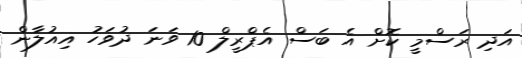
އަދި ރަސްމީ ކޮށް އެ ބަސް އެޕްރީލް 10 ވަނަ ދުވަހު އިއުލާން